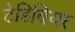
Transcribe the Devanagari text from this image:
टेडिबियर